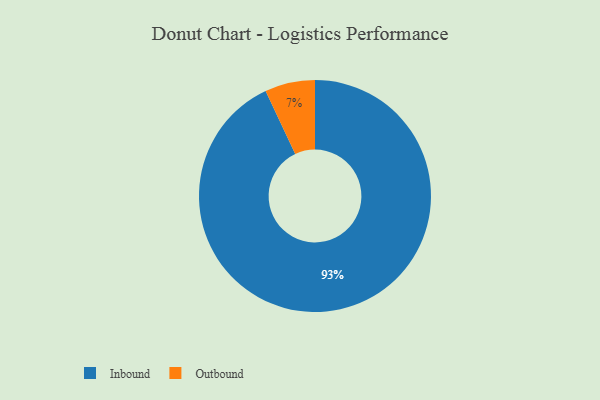
{"axis": {"x": "Category", "y": "Percentage"}, "legend": ["Inbound", "Outbound"], "data": [{"x": "Inbound", "y": 93, "type": "Inbound"}, {"x": "Outbound", "y": 7, "type": "Outbound"}]}